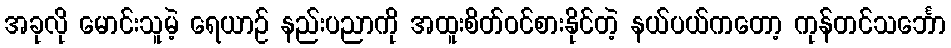
အခုလို မောင်းသူမဲ့ ရေယာဉ် နည်းပညာကို အထူးစိတ်ဝင်စားနိုင်တဲ့ နယ်ပယ်ကတော့ ကုန်တင်သင်္ဘော